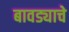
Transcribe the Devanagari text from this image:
बावड्याचे